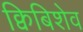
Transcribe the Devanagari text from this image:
क्विबिशेव